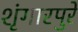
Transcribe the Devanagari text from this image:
शृंगारपुरे